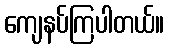
ကျေနပ်ကြပါတယ်။